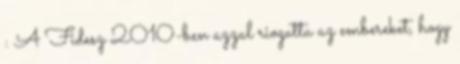
: A Fidesz 2010-ben azzal riogatta az embereket, hogy